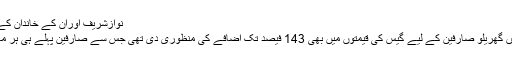
نوازشریف اوران کے خاندان کے افراد جلد اڈیالہ جیل میں ہوں گے،لطیف کھوسہ
اکنامک کوآرڈینیشن کمیٹی نے گزشتہ اجلاس میں گھریلو صارفین کے لیے گیس کی قیمتوں میں بھی 143 فیصد تک اضافے کی منظوری دی تھی جس سے صارفین پہلے ہی ہر ماہ 94 ارب روپے کے بوجھ تلے دب چکے ہیں۔